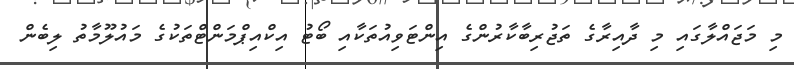
މި މަޖައްލާގައި މި ދާއިރާގެ ތަޖުރިބާކާރުންގެ އިންޓަވިއުތަކާއި ބޯޓު އިކްއިޕްމަންޓްތަކުގެ މައުލޫމާތު ލިބެން